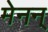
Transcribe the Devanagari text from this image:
मेनन्